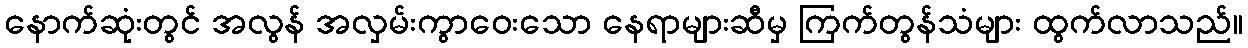
နောက်ဆုံးတွင် အလွန် အလှမ်းကွာဝေးသော နေရာများဆီမှ ကြက်တွန်သံများ ထွက်လာသည်။